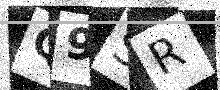
Text: Q9SR